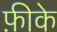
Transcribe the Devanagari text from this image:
फ़ीके